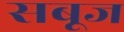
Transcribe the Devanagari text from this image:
सबूज